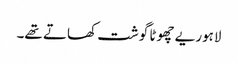
لاہوریے چھوٹا گوشت کھاتے تھے۔